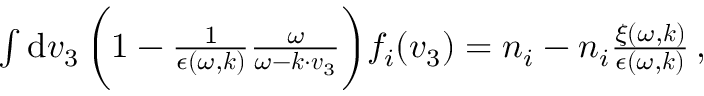
\begin{array} { r } { \int \mathrm { d } \boldsymbol { v } _ { 3 } \, \biggl ( 1 - \frac { 1 } { \epsilon ( \omega , \boldsymbol { k } ) } \frac { \omega } { \omega - \boldsymbol { k \cdot v } _ { 3 } } \biggr ) f _ { i } ( \boldsymbol { v } _ { 3 } ) = n _ { i } - n _ { i } \frac { \xi ( \omega , \boldsymbol { k } ) } { \epsilon ( \omega , \boldsymbol { k } ) } \, , } \end{array}